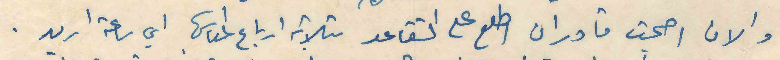
والان اصبحت قادر ان اطلع على التقاعد بثلاثة ارباع المعاش اي ساعة اريد .